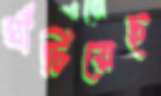
ঘাঁটিয়েছ